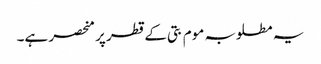
یہ مطلوبہ موم بتی کے قطر پر منحصر ہے۔